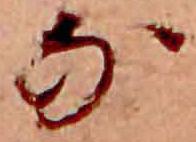
な